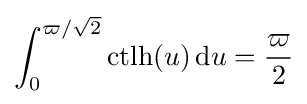
\int _{0}^{\varpi /{\sqrt {2}}}\operatorname {ctlh} (u)\,\mathrm {d} u={\frac {\varpi }{2}}